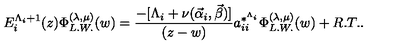
E _ { i } ^ { \Lambda _ { i } + 1 } ( z ) \Phi _ { L . W . } ^ { ( \lambda , \mu ) } ( w ) = \frac { - [ \Lambda _ { i } + \nu ( \vec { \alpha } _ { i } , \vec { \beta } ) ] } { ( z - w ) } a _ { i i } ^ { * ^ { \Lambda _ { i } } } \Phi _ { L . W . } ^ { ( \lambda , \mu ) } ( w ) + R . T . .